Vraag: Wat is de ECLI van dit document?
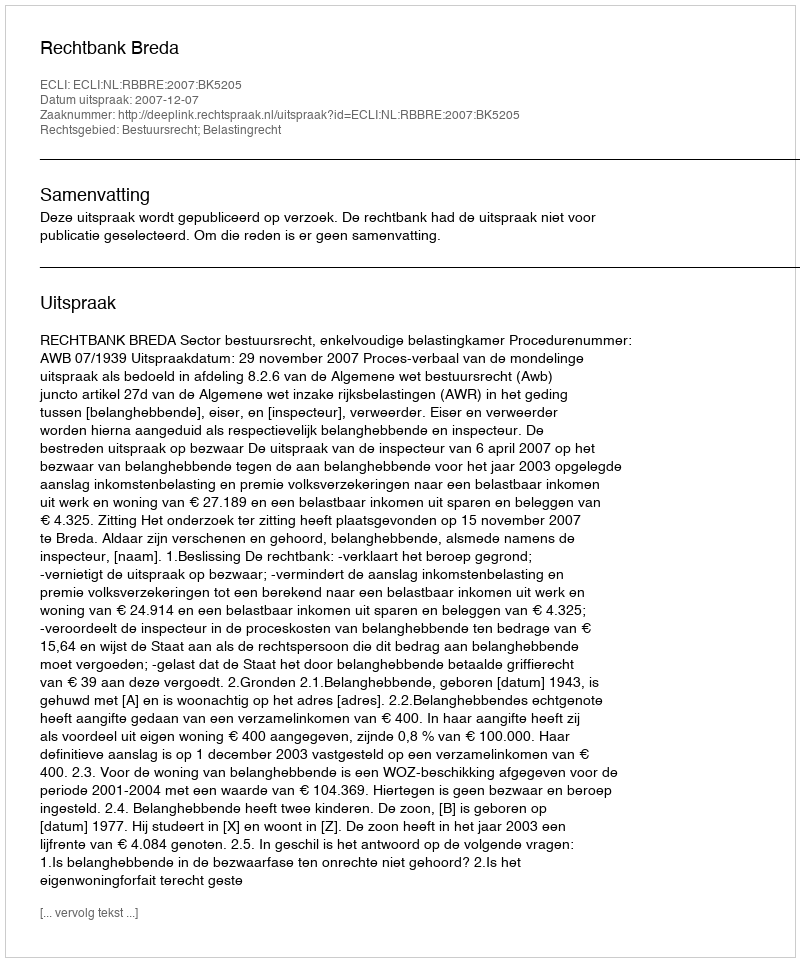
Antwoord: ECLI:NL:RBBRE:2007:BK5205